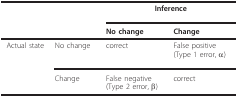
<table><thead><tr><td></td><td></td><td colspan="2"><b>Inference</b></td></tr><tr><td></td><td></td><td><b>No change</b></td><td><b>Change</b></td></tr></thead><tbody><tr><td>Actual state</td><td>No change</td><td>correct</td><td>False positive(Type 1 error, α)</td></tr><tr><td></td><td>Change</td><td>False negative(Type 2 error, β)</td><td>correct</td></tr></tbody></table>